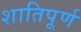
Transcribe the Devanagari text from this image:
शातिपूर्ण